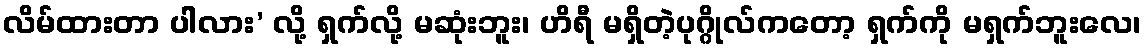
လိမ်ထားတာ ပါလား’ လို့ ရှက်လို့ မဆုံးဘူး၊ ဟိရီ မရှိတဲ့ပုဂ္ဂိုလ်ကတော့ ရှက်ကို မရှက်ဘူးလေ၊